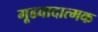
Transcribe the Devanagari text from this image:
गूढवादात्मक